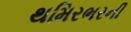
થમિરભરની